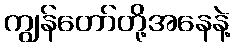
ကျွန်တော်တို့အနေနဲ့